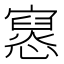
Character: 𫴔